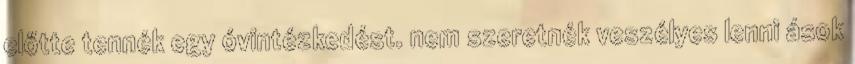
előtte tennék egy óvintézkedést. nem szeretnék veszélyes lenni ások